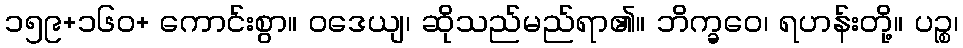
၁၅၉+၁၆၀+ ကောင်းစွာ။ ဝဒေယျ၊ ဆိုသည်မည်ရာ၏။ ဘိက္ခဝေ၊ ရဟန်းတို့။ ပဉ္စ၊